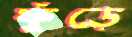
ফুঁড়ে